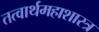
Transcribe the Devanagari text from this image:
तत्वार्थमहाशास्त्र